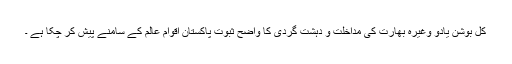
کل بوشن یادو وغیرہ بھارت کی مداخلت و دہشت گردی کا واضح ثبوت پاکستان اقوام عالم کے سامنے پیش کر چکا ہے ۔